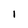
Character: I